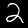
Digit: 2